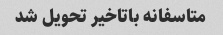
متاسفانه باتاخیر تحویل شد